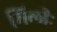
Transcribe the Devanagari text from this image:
मिलीः